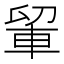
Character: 𮝉